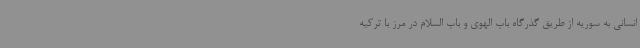
انسانی به سوریه از طریق گذرگاه باب الهوی و باب السلام در مرز با ترکیه